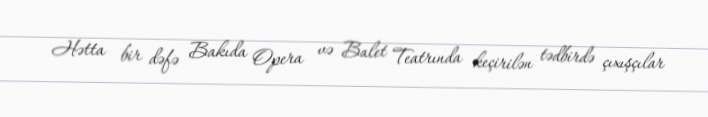
Hətta bir dəfə Bakıda Opera və Balet Teatrında keçirilən tədbirdə çıxışçılar